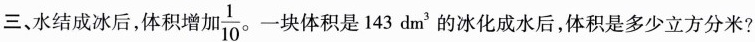
三、水结成冰后，体积增加\frac{1}{10}。一块体积是143dm^{3}的冰化成水后，体积是多少立方分米？